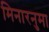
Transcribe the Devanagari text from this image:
मिनारनुमा